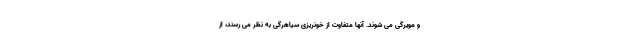
و مویرگی می شوند. آنها متفاوت از خونریزی سیاهرگی به نظر می رسند، از